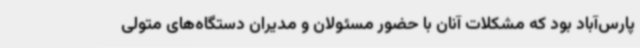
پارس‌آباد بود که مشکلات آنان با حضور مسئولان و مدیران دستگاه‌های متولی